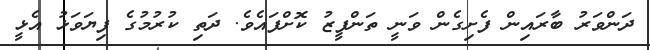
ދަންވަރު ބާރައިން ފެށިގެން ވަނީ ތަންފީޒު ކޮށްފައެވެ. ދަތި ކުރުމުގެ ފިޔަވަޅު އެޅީ